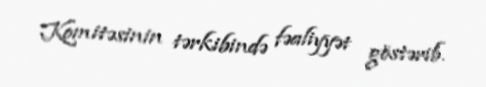
Komitəsinin tərkibində fəaliyyət göstərib.